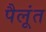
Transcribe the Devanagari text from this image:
पैलूंत